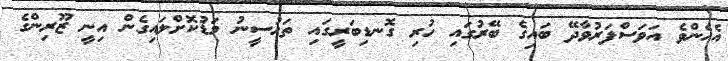
އެހެންވެ އަވަސްފަރުވާދޭ ބައިގެ ބޭރުގައި ހުރި ގޮނޑިބަރީގައި ތަހުސީނު މަޑުކޮށްލައިގެން އިނީ ޒޫރިންގެ